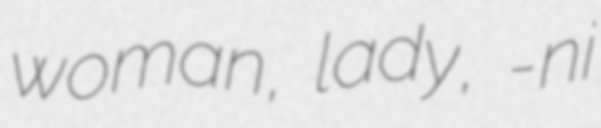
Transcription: woman, lady, -ni